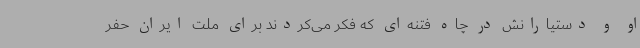
او و دستیارانش در چاه فتنه‌ای که فکر می‌کردند برای ملت ایران حفر